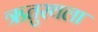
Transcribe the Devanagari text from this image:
ऋतुस्थला